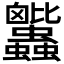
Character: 𧖕